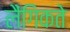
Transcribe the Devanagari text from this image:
लैंगिकते